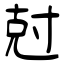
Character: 尅